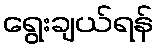
ရွေးချယ်ရန်